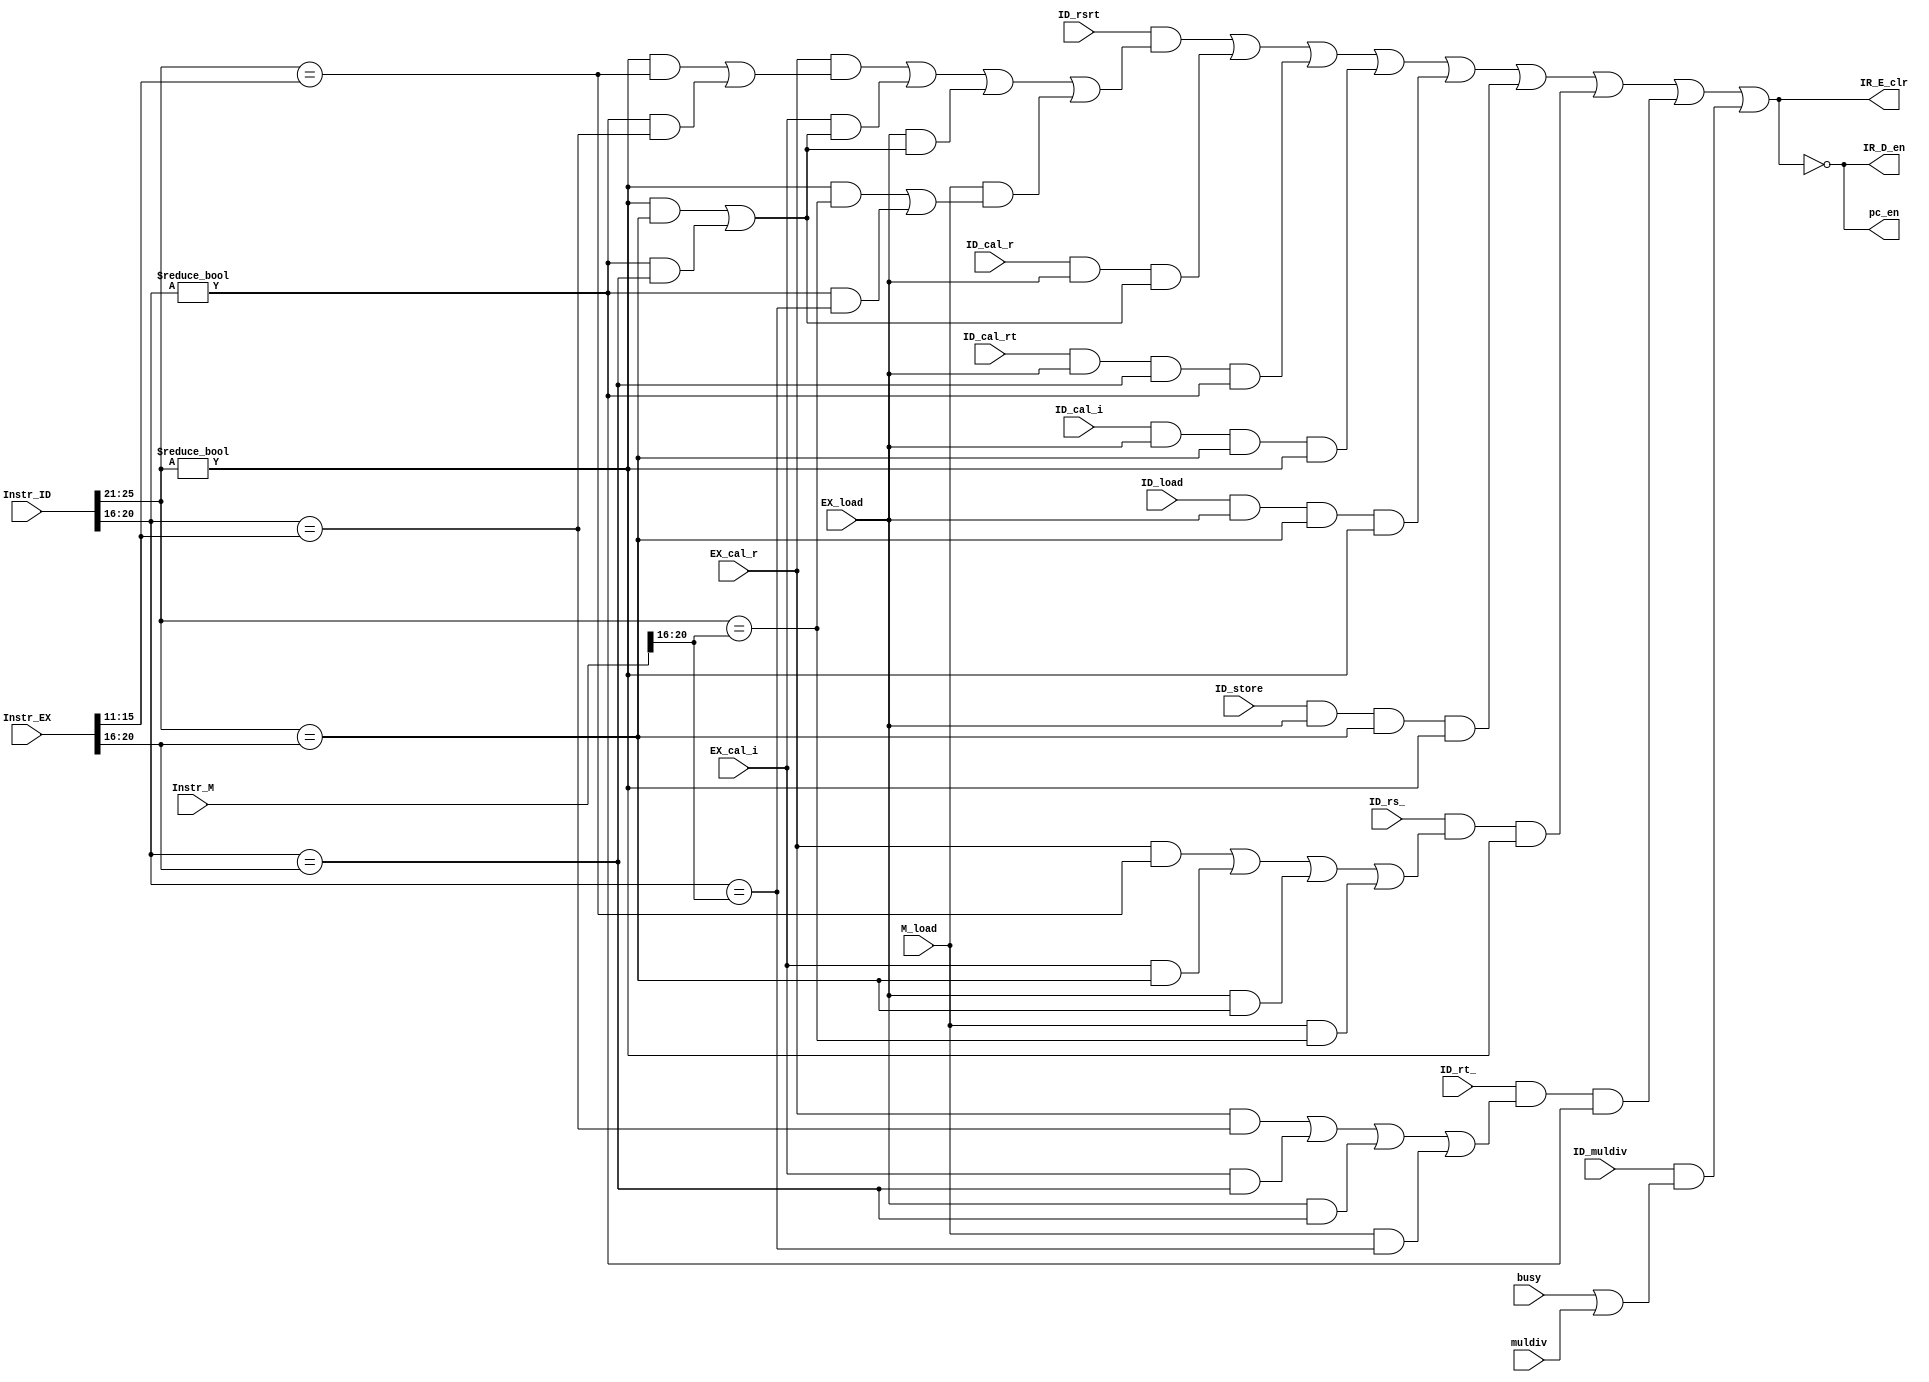
`timescale 1ns / 1ps
//////////////////////////////////////////////////////////////////////////////////
// Company: 
// Engineer: 
// 
// Design Name: 
// Module Name:    stallctr 
// Project Name: 
// Target Devices: 
// Tool versions: 
// Description: 
//
// Dependencies: 
//
// Revision: 
// Revision 0.01 - File Created
// Additional Comments: 
//
//////////////////////////////////////////////////////////////////////////////////
module stallctr(
    input [31:0] Instr_ID,
    input ID_cal_r,
	 input ID_cal_rt,
    input ID_cal_i,
    input ID_load,
    input ID_store,
    input ID_rsrt,
    input ID_rs_,
	 input ID_rt_,
	 input ID_muldiv,
	 input busy,
	 input muldiv,
    input [31:0] Instr_EX,
    input EX_cal_r,
    input EX_cal_i,
    input EX_load,
    input [31:0] Instr_M,
    input M_load,
    output IR_D_en,
    output IR_E_clr,
    output pc_en
    );
wire [4:0]ID_rs;
assign ID_rs=Instr_ID[25:21];
wire [4:0]ID_rt;
assign ID_rt=Instr_ID[20:16];
wire [4:0]EX_rt;
assign EX_rt=Instr_EX[20:16];
wire [4:0]EX_rd;
assign EX_rd=Instr_EX[15:11];
wire [4:0]M_rt;
assign M_rt=Instr_M[20:16];

wire stall_rsrt ,stall_cal_r, stall_cal_rt, stall_cal_i, stall_load, stall_store, stall_rs,stall_rt, stall_md;
//rsrt tuse=0; rsrt tuse=1; rt tuse=1; rs tuse=1; load; store; mul,div,busy
assign stall_rsrt = ID_rsrt & ((EX_cal_r & (((ID_rs!=0)&(ID_rs==EX_rd))|((ID_rt!=0)&(ID_rt==EX_rd))))
							  | (EX_cal_i & (((ID_rs!=0)&(ID_rs==EX_rt))|((ID_rt!=0)&(ID_rt==EX_rt))))
							  | (EX_load  & (((ID_rs!=0)&(ID_rs==EX_rt))|((ID_rt!=0)&(ID_rt==EX_rt))))
							  | (M_load   & (((ID_rs!=0)&(ID_rs==M_rt))|((ID_rt!=0)&(ID_rt==M_rt)))));
assign stall_cal_r = ID_cal_r & EX_load & (((ID_rs!=0)&(ID_rs==EX_rt))|((ID_rt!=0)&(ID_rt==EX_rt)));
assign stall_cal_rt= ID_cal_rt & EX_load& (ID_rt==EX_rt)&(ID_rt!=0);
assign stall_cal_i = ID_cal_i & EX_load & (ID_rs==EX_rt)&(ID_rs!=0);
assign stall_load  = ID_load  & EX_load & (ID_rs==EX_rt)&(ID_rs!=0);
assign stall_store = ID_store & EX_load & (ID_rs==EX_rt)&(ID_rs!=0);
assign stall_rs = ID_rs_ & ((EX_cal_r & (ID_rs==EX_rd))
							  | (EX_cal_i & (ID_rs==EX_rt))
							  | (EX_load  & (ID_rs==EX_rt))
							  | (M_load   & (ID_rs==M_rt)))&(ID_rs!=0);
assign stall_rt = ID_rt_ &((EX_cal_r & (ID_rt==EX_rd))
							  | (EX_cal_i & (ID_rt==EX_rt))
							  | (EX_load  & (ID_rt==EX_rt))
							  | (M_load   & (ID_rt==M_rt)))&(ID_rt!=0);
	
assign stall_md = ID_muldiv&(busy|muldiv);

wire stall;
assign stall=stall_rsrt|stall_cal_r|stall_cal_rt|stall_cal_i|stall_load|stall_store|stall_rs|stall_rt|stall_md;
assign IR_D_en=!stall;
assign IR_E_clr=stall;
assign pc_en=!stall;










endmodule